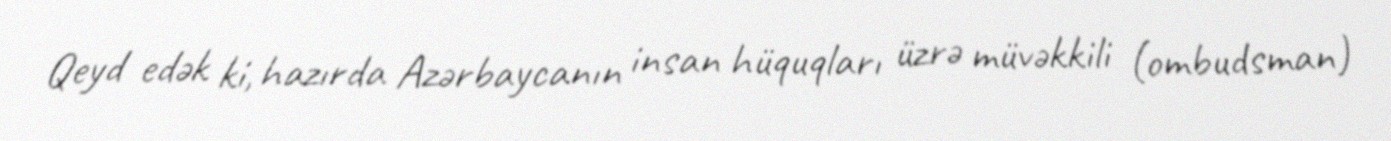
Qeyd edək ki, hazırda Azərbaycanın insan hüquqları üzrə müvəkkili (ombudsman)